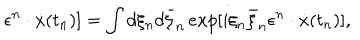
LaTeX: \epsilon ^ { n } \cdot \dot { x } ( t _ { n } ) ] = \int d \xi _ { n } d \bar { \xi } _ { n } \, e x p [ i \xi _ { n } \bar { \xi } _ { n } \epsilon ^ { n } \cdot \dot { x } ( t _ { n } ) ] ,